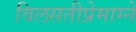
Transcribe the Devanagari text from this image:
विलसतीप्रेमाग्ने